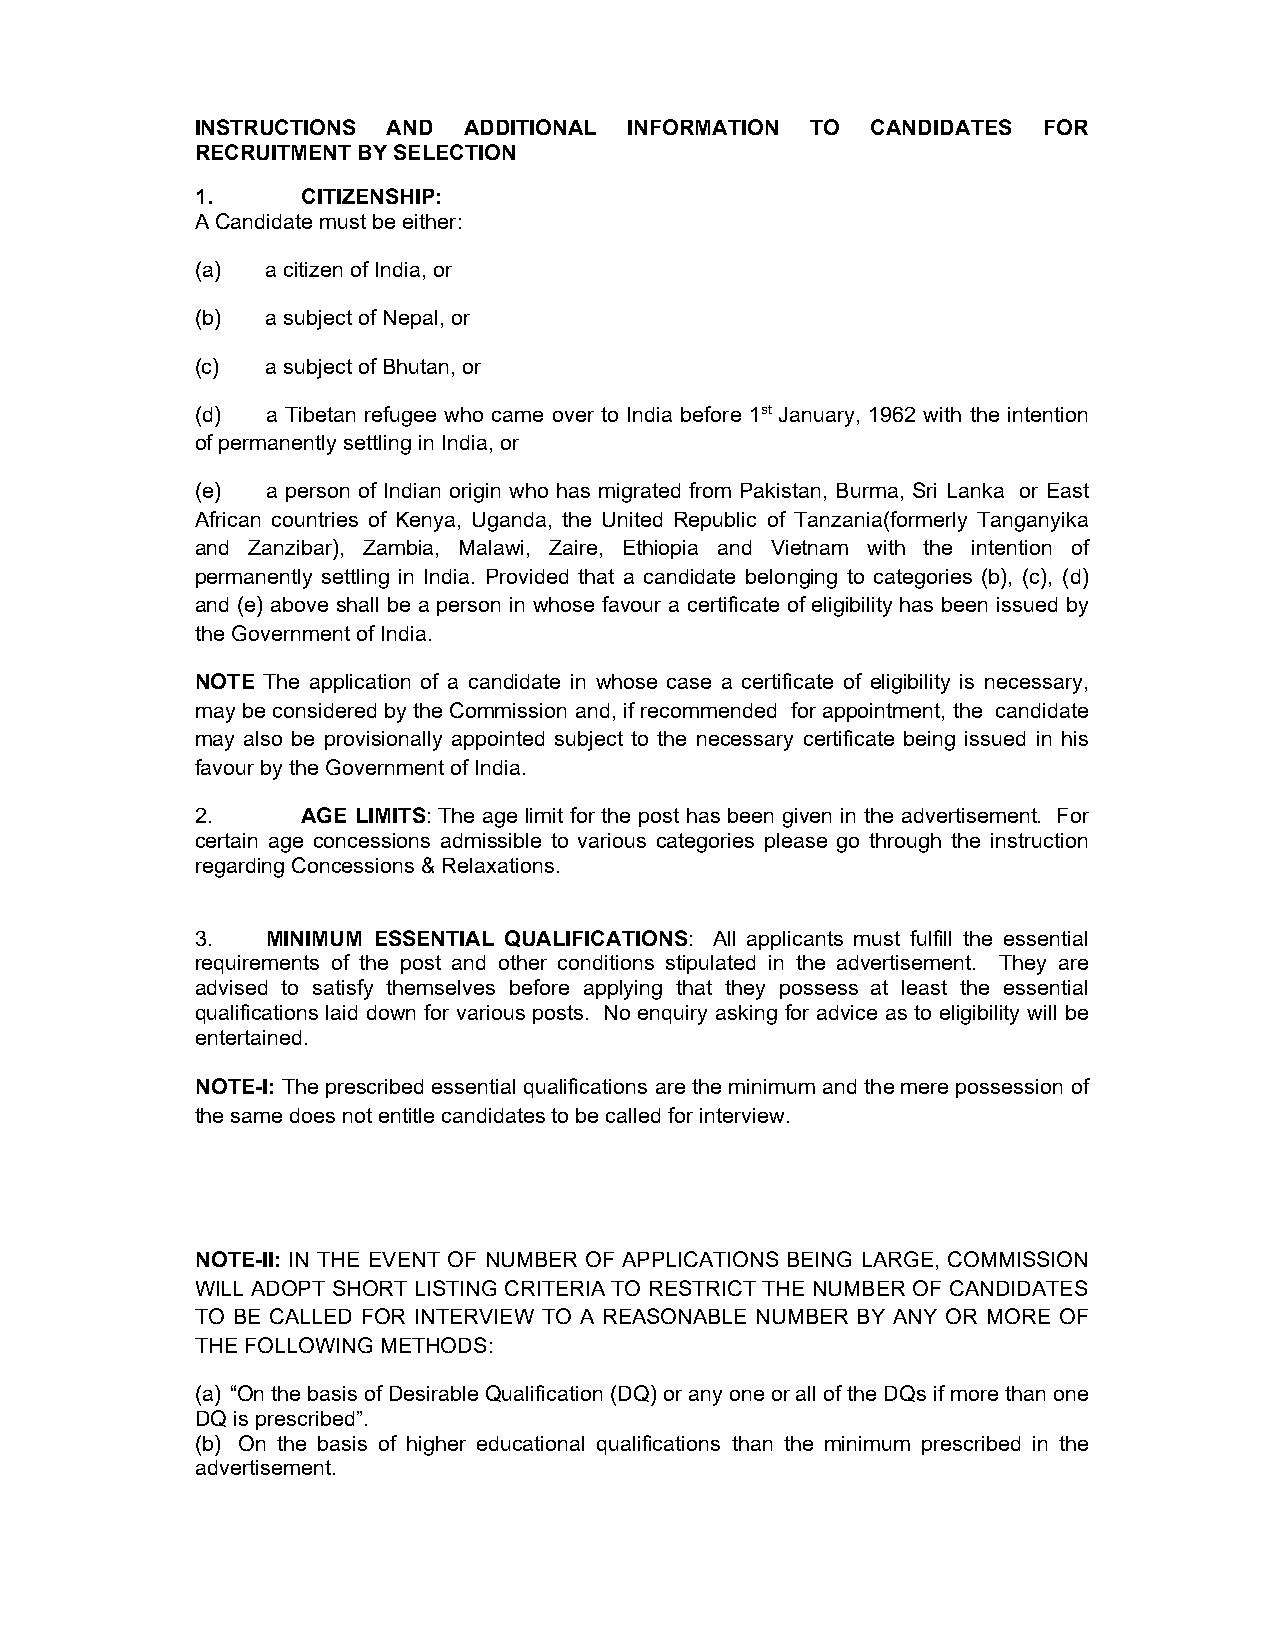
INSTRUCTIONS AND  ADDITIONAL INFORMATION TO  CANDIDATES FOR
 RECRUITMENT BY SELECTION
 1.     CITIZENSHIP:
 A Candidate must be either:
 (a)  a citizen of India, or
 (b)  a subject of Nepal, or
 (c)  a subject of Bhutan, or
 (d)  a Tibetan refugee who came over to India before 1st January, 1962 with the intention
 of permanently settling in India, or
 (e)  a person of Indian origin who has migrated from Pakistan, Burma, Sri Lanka or East
 African countries of Kenya, Uganda, the United Republic of Tanzania(formerly Tanganyika
 and Zanzibar), Zambia, Malawi, Zaire, Ethiopia and Vietnam with the intention of
 permanently settling in India. Provided that a candidate belonging to categories (b), (c), (d)
 and (e) above shall be a person in whose favour a certificate of eligibility has been issued by
 the Government of India.
 NOTE The application of a candidate in whose case a certificate of eligibility is necessary,
 may be considered by the Commission and, if recommended for appointment, the candidate
 may also be provisionally appointed subject to the necessary certificate being issued in his
 favour by the Government of India.
 2.     AGE LIMITS: The age limit for the post has been given in the advertisement. For
 certain age concessions admissible to various categories please go through the instruction
 regarding Concessions & Relaxations.
 3.   MINIMUM ESSENTIAL QUALIFICATIONS: All applicants must fulfill the essential
 requirements of the post and other conditions stipulated in the advertisement. They are
 advised to satisfy themselves before applying that they possess at least the essential
 qualifications laid down for various posts. No enquiry asking for advice as to eligibility will be
 entertained.
 NOTE-I: The prescribed essential qualifications are the minimum and the mere possession of
 the same does not entitle candidates to be called for interview.
 NOTE-II: IN THE EVENT OF NUMBER OF APPLICATIONS BEING LARGE, COMMISSION
 WILL ADOPT SHORT LISTING CRITERIA TO RESTRICT THE NUMBER OF CANDIDATES
 TO BE CALLED FOR INTERVIEW TO A REASONABLE NUMBER BY ANY OR MORE OF
 THE FOLLOWING METHODS:
 (a) “On the basis of Desirable Qualification (DQ) or any one or all of the DQs if more than one
 DQ is prescribed”.
 (b) On the basis of higher educational qualifications than the minimum prescribed in the
 advertisement.